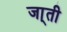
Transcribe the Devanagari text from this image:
जा्ती